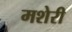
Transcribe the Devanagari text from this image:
मशेरी